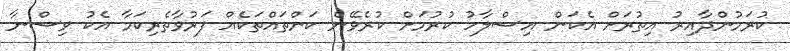
ކުރަމުންދާއިރު އިތުރަށް އެކަން އިސްލާހު ކުރުމަށް ކުރެވޭނެ ކަންތައްތަކެއް ފަރުވާތެރިކަމާ އެކު ވިސްނާ